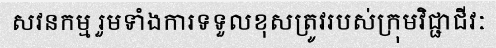
សវនកម្ម រួមទាំងការទទួលខុសត្រូវរបស់ក្រុមវិជ្ជាជីវៈ